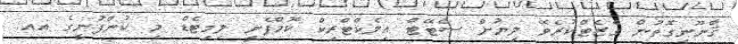
ޤާނޫނީގޮތުން ގެޒެޓްކުރެވޭ ލިޔުން ސްޓޭޓް އިލެކްޓްރިކް ކޮމްޕެނީ ލިމިޓެޑް މި ކުންފުނީގެ އއ.